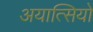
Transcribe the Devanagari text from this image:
अयात्सियो